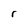
Character: r